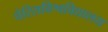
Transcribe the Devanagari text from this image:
पेरिसविश्वविद्यालय